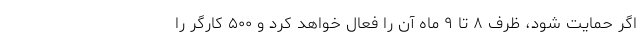
اگر حمایت شود، ظرف ۸ تا ۹ ماه آن را فعال خواهد کرد و ۵۰۰ کارگر را